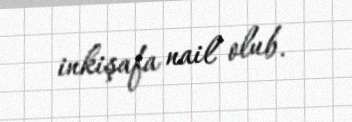
inkişafa nail olub.